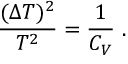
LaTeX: \frac { ( \Delta T ) ^ { 2 } } { T ^ { 2 } } = { \frac { 1 } { C _ { V } } } \ .